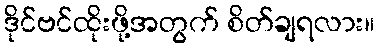
ဒိုင်ဗင်ထိုးဖို့အတွက် စိတ်ချရလား။